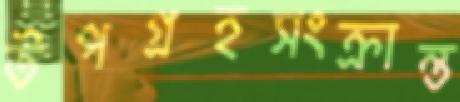
উপগ্রহসংক্রান্ত